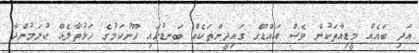
އަދި ބައެއް މީޑިއާތަކުން ވެސް އައްޑޫގެ ގައިދީންތަކެއް ބަނޑުހައި ހޫނުކަމުގެ ހަޅުތާލެއް ކުރަމުންދާ